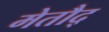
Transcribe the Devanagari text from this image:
मेतौद्